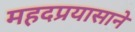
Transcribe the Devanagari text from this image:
महदप्रयासाने